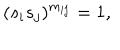
( s _ { i } s _ { j } ) ^ { m _ { i j } } = 1 ,